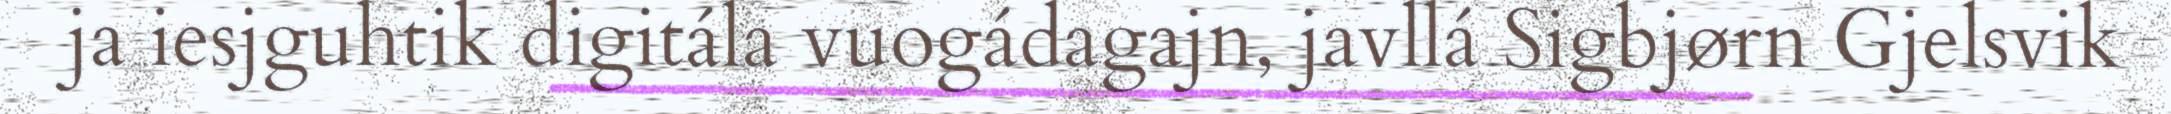
ja iesjguhtik digitála vuogádagajn, javllá Sigbjørn Gjelsvik